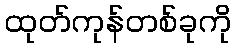
ထုတ်ကုန်တစ်ခုကို